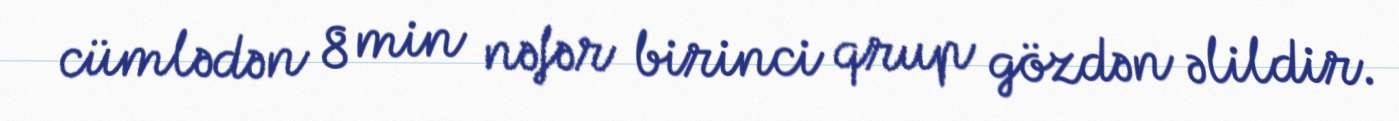
cümlədən 8 min nəfər birinci qrup gözdən əlildir.